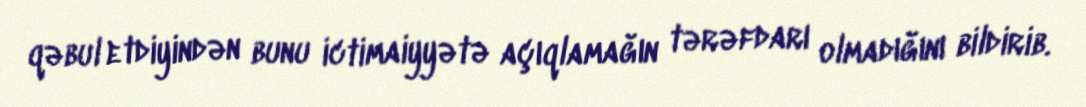
qəbul etdiyindən bunu ictimaiyyətə açıqlamağın tərəfdarı olmadığını bildirib.